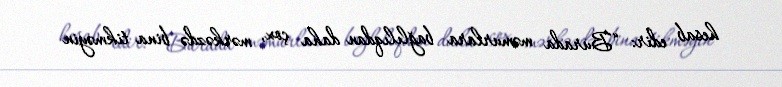
hesab edir: “Burada məmurlara bağlılıqdan daha çox, mərkəzdə bina tikməyin